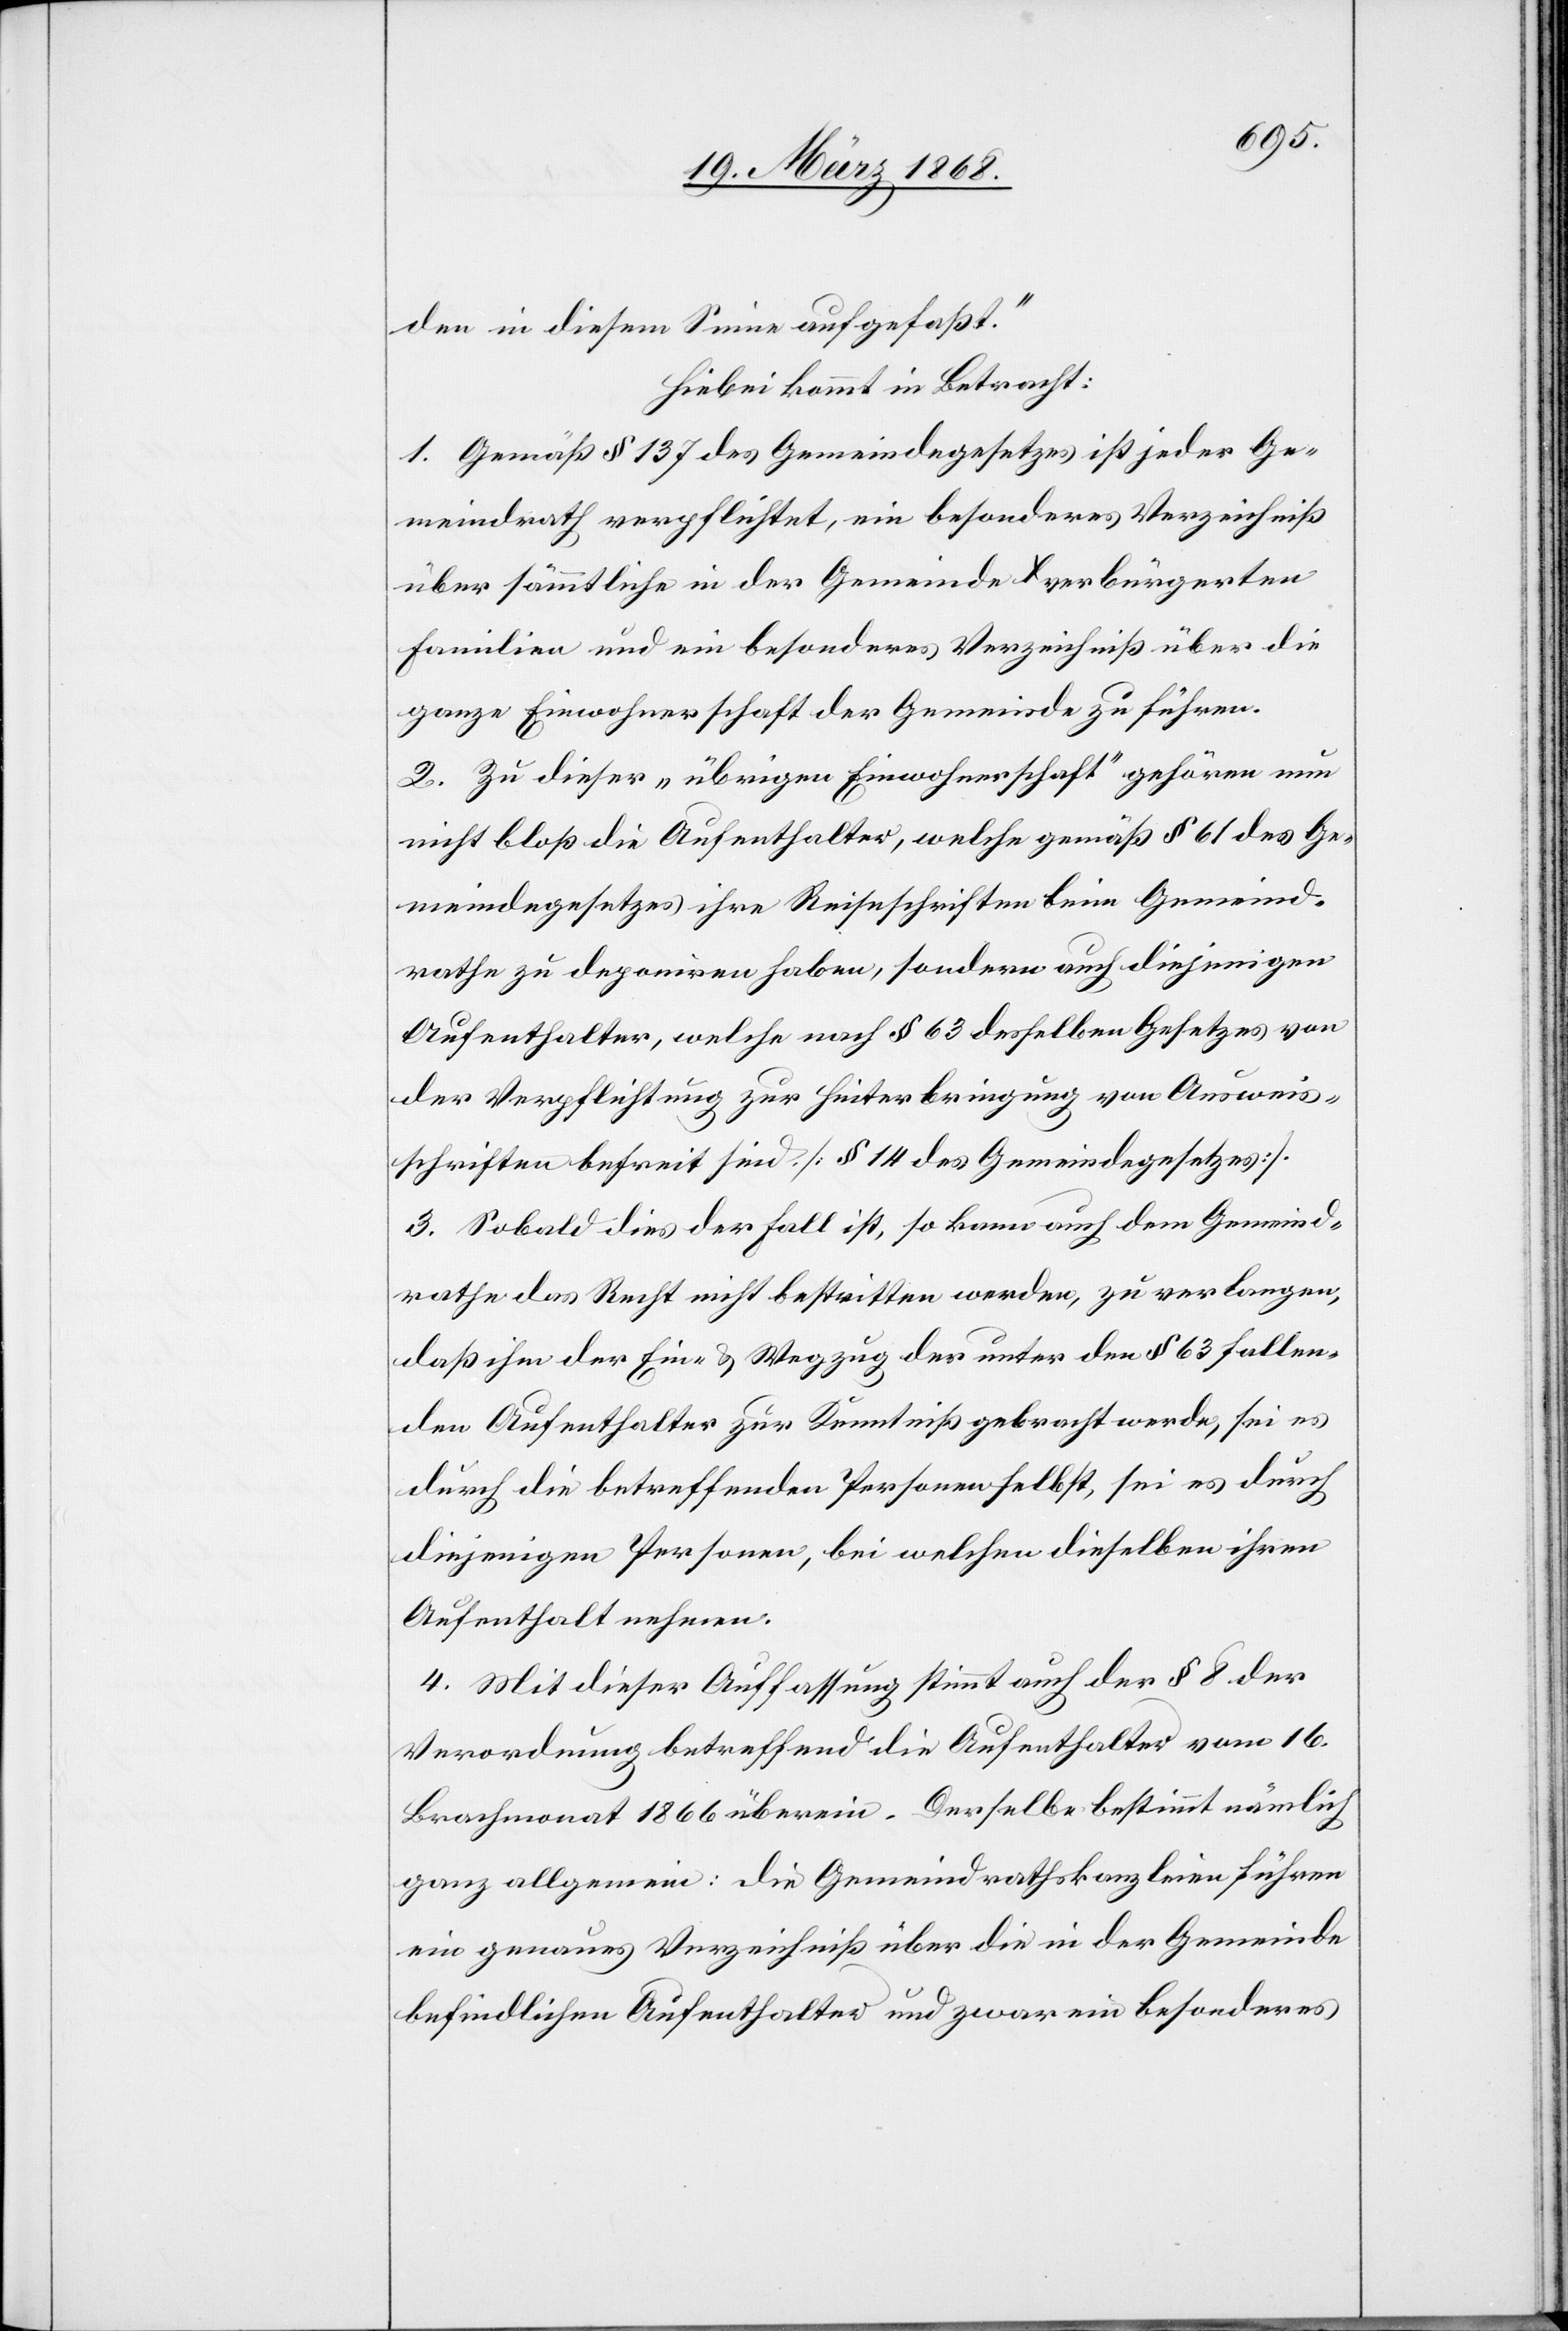
den in diesem Sinne aufgefaßt.“
Hiebei kommt in Betracht:
1. Gemäß § 137 des Gemeindegesetzes ist jeder Ge¬
meindrath verpflichtet, ein besonderes Verzeichniß
über sämmtliche in der Gemeinde verbürgerten
Familien und ein besonderes Verzeichniß über die
ganze Einwohnerschaft der Gemeinde zu führen.
2. Zu dieser „übrigen Einwohnerschaft“ gehören nun
nicht bloß die Aufenthalter, welche gemäß § 61 des Ge¬
meindegesetzes ihre Reiseschriften beim Gemeind¬
rathe zu deponiren haben, sondern auch diejenigen
Aufenthalter, welche nach § 63 desselben Gesetzes von
der Verpflichtung zur Hinterbringung von Ausweis¬
schriften befreit sind. [§ 14 des Gemeindegesetzes].
3. Sobald dies der Fall ist, so kann auch dem Gemeind¬
rathe das Recht nicht bestritten werden, zu verlangen,
daß ihm der Ein- & Wegzug der unter den § 63 fallen¬
den Aufenthalter zur Kenntniß gebracht werde, sei es
durch die betreffenden Personen selbst, sei es durch
diejenigen Personen, bei welchen dieselben ihren
Aufenthalt nehmen.
4. Mit dieser Auffassung stimmt auch der § 8 der
Verordnung betreffend die Aufenthalter vom 16.
Brachmonat 1866 überein. Derselbe bestimmt nämlich
ganz allgemein: die Gemeindrathskanzleien führen
ein genaues Verzeichniß über die in der Gemeinde
befindlichen Aufenthalter und zwar ein besonderes